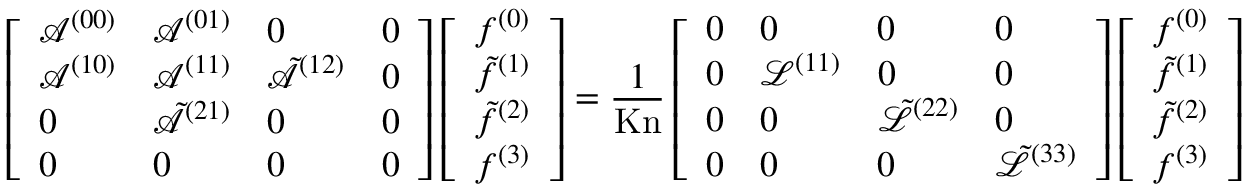
\left[ \begin{array} { l l l l } { \mathcal { A } ^ { ( 0 0 ) } } & { \mathcal { A } ^ { ( 0 1 ) } } & { 0 } & { 0 } \\ { \mathcal { A } ^ { ( 1 0 ) } } & { \mathcal { A } ^ { ( 1 1 ) } } & { \tilde { \mathcal { A } } ^ { ( 1 2 ) } } & { 0 } \\ { 0 } & { \tilde { \mathcal { A } } ^ { ( 2 1 ) } } & { 0 } & { 0 } \\ { 0 } & { 0 } & { 0 } & { 0 } \end{array} \right] \left[ \begin{array} { l } { f ^ { ( 0 ) } } \\ { \tilde { f } ^ { ( 1 ) } } \\ { \tilde { f } ^ { ( 2 ) } } \\ { f ^ { ( 3 ) } } \end{array} \right] = \frac { 1 } { \mathrm { K n } } \left[ \begin{array} { l l l l } { 0 } & { 0 } & { 0 } & { 0 } \\ { 0 } & { \mathcal { L } ^ { ( 1 1 ) } } & { 0 } & { 0 } \\ { 0 } & { 0 } & { \tilde { \mathcal { L } } ^ { ( 2 2 ) } } & { 0 } \\ { 0 } & { 0 } & { 0 } & { \tilde { \mathcal { L } } ^ { ( 3 3 ) } } \end{array} \right] \left[ \begin{array} { l } { f ^ { ( 0 ) } } \\ { \tilde { f } ^ { ( 1 ) } } \\ { \tilde { f } ^ { ( 2 ) } } \\ { f ^ { ( 3 ) } } \end{array} \right]